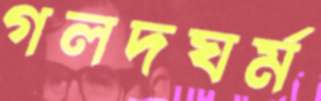
গলদঘর্ম